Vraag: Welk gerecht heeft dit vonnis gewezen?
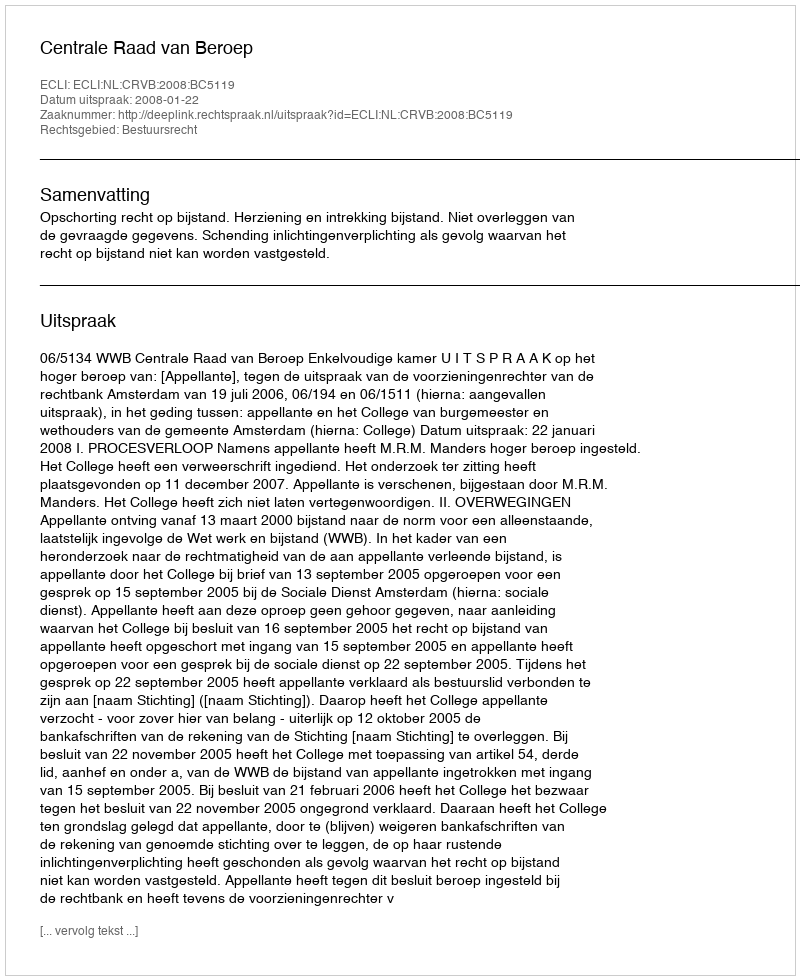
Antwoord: Centrale Raad van Beroep